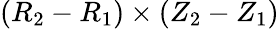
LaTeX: (R_{2}-R_{1})\times(Z_{2}-Z_{1})